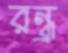
রন্ধ্র